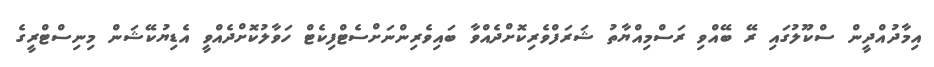
އިމާދުއްދީން ސްކޫލުގައި ރޭ ބޭއްވި ރަސްމިއްޔާތު ޝަރަފްވެރިކޮށްދެއްވާ ބައިވެރިންނަށްސެޓްފިކެޓް ހަވާލުކޮށްދެއްވީ އެޑިޔުކޭޝަން މިނިސްޓްރީގެ